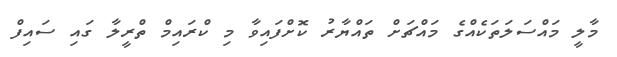
މާލީ މައްސަލަތަކެއްގެ މައްޗަށް ތައްޔާރު ކޮށްފައިވާ މި ކްރައިމް ތްރީލާ ގައި ސައިފް